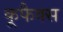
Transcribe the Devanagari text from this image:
कूफैक्स